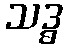
သဒ္ဓ